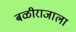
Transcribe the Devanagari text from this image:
बळीराजाला